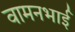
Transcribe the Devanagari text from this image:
वामनभाई